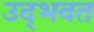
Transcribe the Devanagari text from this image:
उद्‌भवत